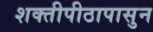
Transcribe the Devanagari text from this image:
शक्तीपीठापासुन